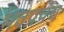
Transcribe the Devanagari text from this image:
भवप्रपंच